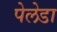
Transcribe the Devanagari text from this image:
पेलेडा